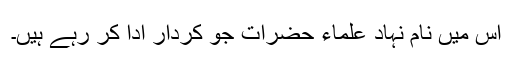
اس میں نام نہاد علماء حضرات جو کردار ادا کر رہے ہیں۔